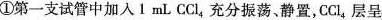
①第一支试管中加入1mL CCl_{4}充分振荡静置，CCl_{4}层呈